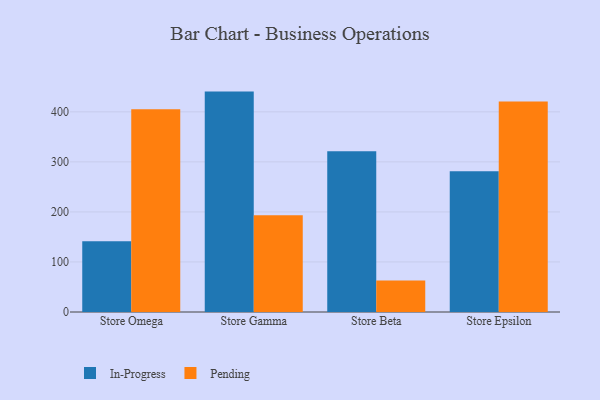
{"axis": {"x": "Store", "y": "Operating Costs (USD K)"}, "legend": ["In-Progress", "Pending"], "data": [{"x": "Store Omega", "y": 141.2, "type": "In-Progress"}, {"x": "Store Omega", "y": 405.1, "type": "Pending"}, {"x": "Store Gamma", "y": 440.4, "type": "In-Progress"}, {"x": "Store Gamma", "y": 193.5, "type": "Pending"}, {"x": "Store Beta", "y": 321.0, "type": "In-Progress"}, {"x": "Store Beta", "y": 62.8, "type": "Pending"}, {"x": "Store Epsilon", "y": 281.0, "type": "In-Progress"}, {"x": "Store Epsilon", "y": 420.7, "type": "Pending"}]}